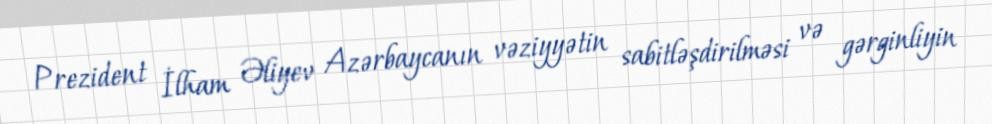
Prezident İlham Əliyev Azərbaycanın vəziyyətin sabitləşdirilməsi və gərginliyin